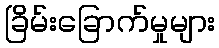
ခြိမ်းခြောက်မှုများ